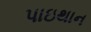
પાઇથાન